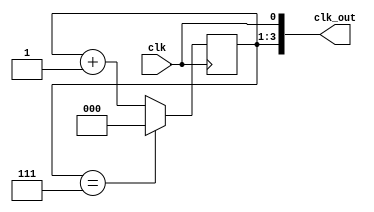
module multi_phase_clock_divider (
    input wire clk,
    output wire [3:0] clk_out
);

reg [2:0] counter;

always @(posedge clk) begin
    if(counter == 3'b111) begin
        counter <= 3'b000;
    end else begin
        counter <= counter + 1;
    end
end

assign clk_out[0] = clk;
assign clk_out[1] = counter[0];
assign clk_out[2] = counter[1];
assign clk_out[3] = counter[2];

endmodule